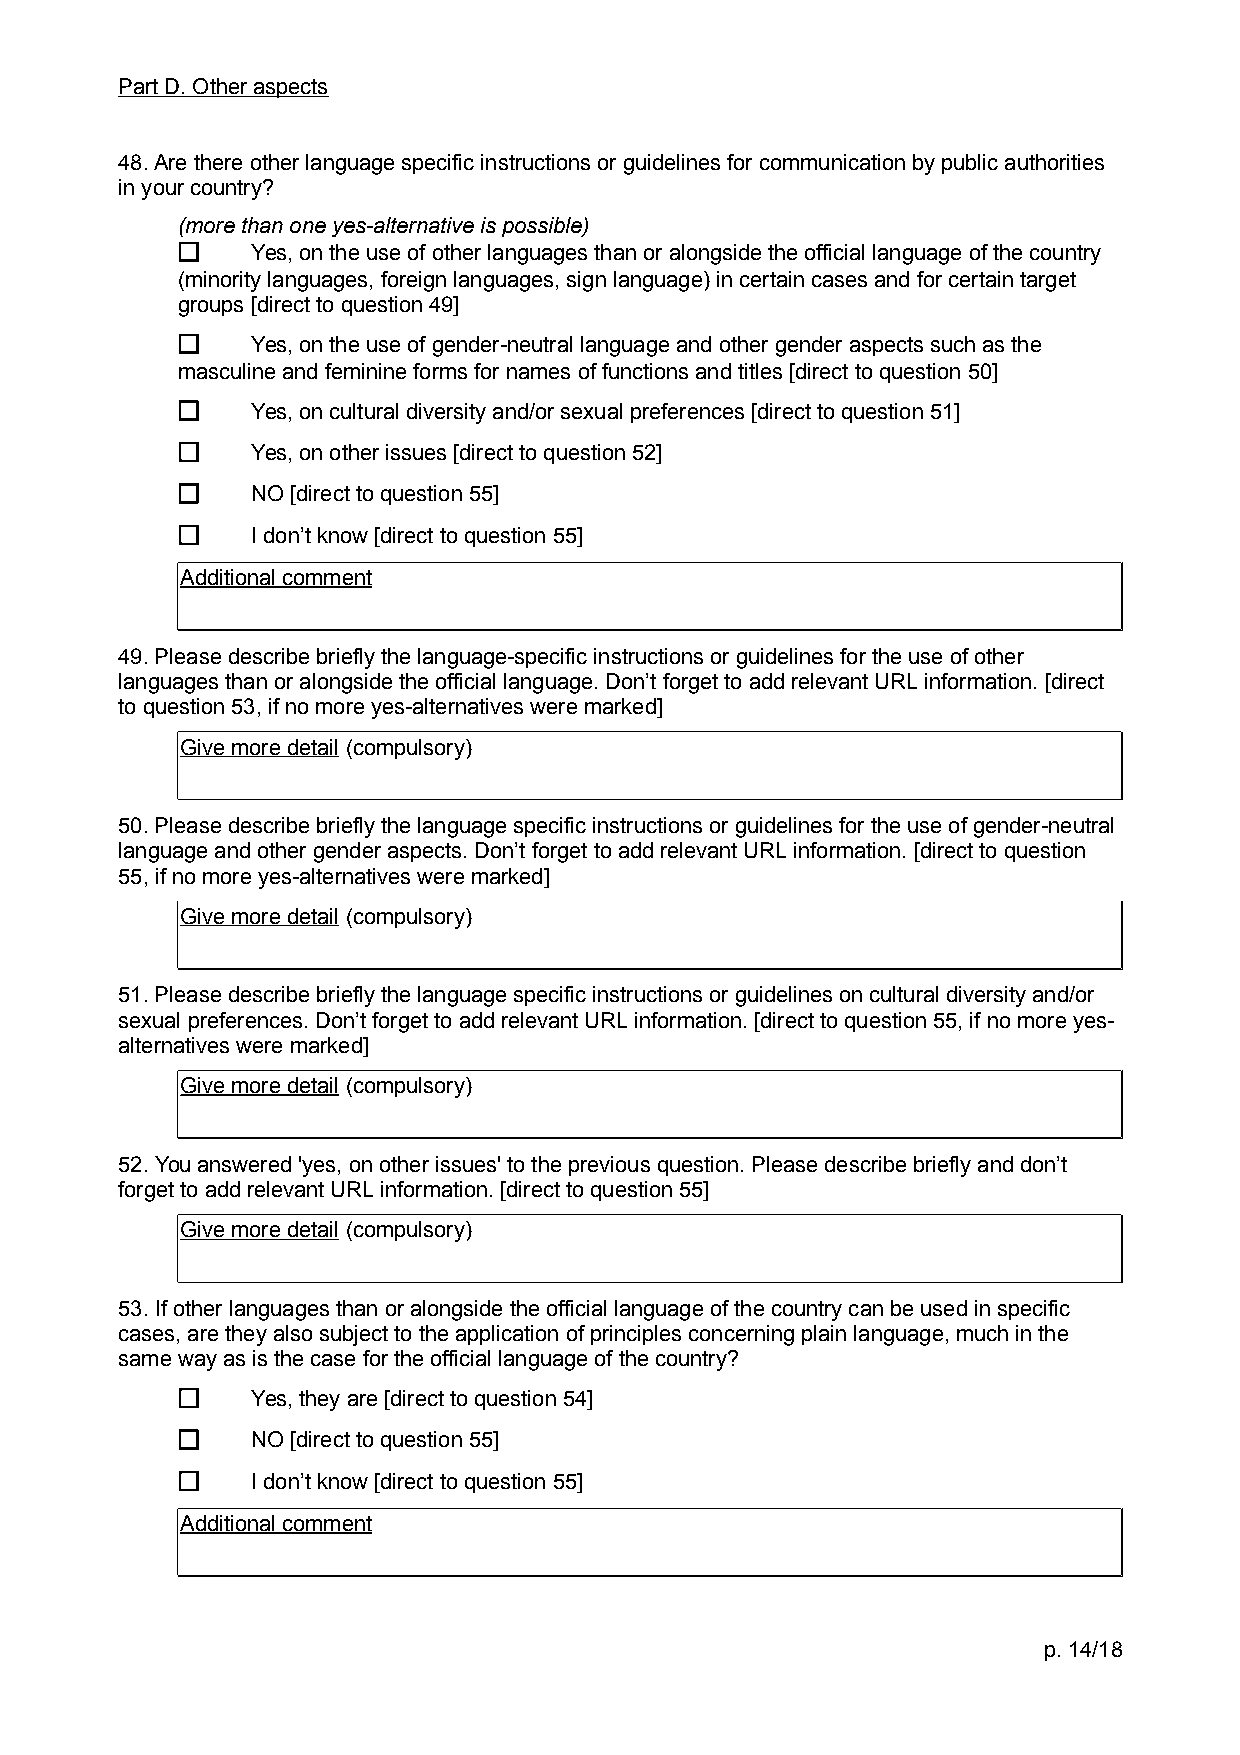
Part D. Other aspects
 48. Are there other language specific instructions or guidelines for communication by public authorities
 in your country?
 (more than one yes-alternative is possible)
 Yes, on the use of other languages than or alongside the official language of the country
 (minority languages, foreign languages, sign language) in certain cases and for certain target
 groups [direct to question 49]
 Yes, on the use of gender-neutral language and other gender aspects such as the
 masculine and feminine forms for names of functions and titles [direct to question 50]
 Yes, on cultural diversity and/or sexual preferences [direct to question 51]
 Yes, on other issues [direct to question 52]
 NO [direct to question 55]
 I don’t know [direct to question 55]
 Additional comment
 49. Please describe briefly the language-specific instructions or guidelines for the use of other
 languages than or alongside the official language. Don’t forget to add relevant URL information. [direct
 to question 53, if no more yes-alternatives were marked]
 Give more detail (compulsory)
 50. Please describe briefly the language specific instructions or guidelines for the use of gender-neutral
 language and other gender aspects. Don’t forget to add relevant URL information. [direct to question
 55, if no more yes-alternatives were marked]
 Give more detail (compulsory)
 51. Please describe briefly the language specific instructions or guidelines on cultural diversity and/or
 sexual preferences. Don’t forget to add relevant URL information. [direct to question 55, if no more yes-
 alternatives were marked]
 Give more detail (compulsory)
 52. You answered 'yes, on other issues' to the previous question. Please describe briefly and don’t
 forget to add relevant URL information. [direct to question 55]
 Give more detail (compulsory)
 53. If other languages than or alongside the official language of the country can be used in specific
 cases, are they also subject to the application of principles concerning plain language, much in the
 same way as is the case for the official language of the country?
 Yes, they are [direct to question 54]
 NO [direct to question 55]
 I don’t know [direct to question 55]
 Additional comment
 p. 14/18